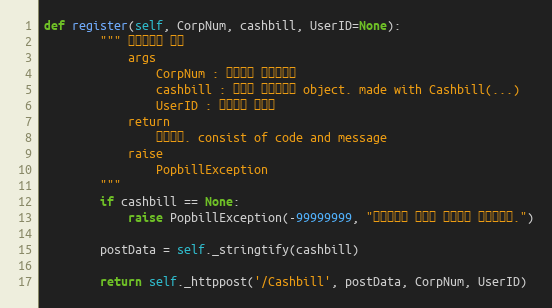
Language: Python
def register(self, CorpNum, cashbill, UserID=None):
        """ 현금영수증 등록
            args
                CorpNum : 팝빌회원 사업자번호
                cashbill : 등록할 현금영수증 object. made with Cashbill(...)
                UserID : 팝빌회원 아이디
            return
                처리결과. consist of code and message
            raise
                PopbillException
        """
        if cashbill == None:
            raise PopbillException(-99999999, "현금영수증 정보가 입력되지 않았습니다.")

        postData = self._stringtify(cashbill)

        return self._httppost('/Cashbill', postData, CorpNum, UserID)